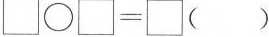
$$\Box \bigcirc \Box = \Box$$（ ）